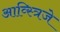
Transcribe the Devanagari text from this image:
आव्स्त्रिजे